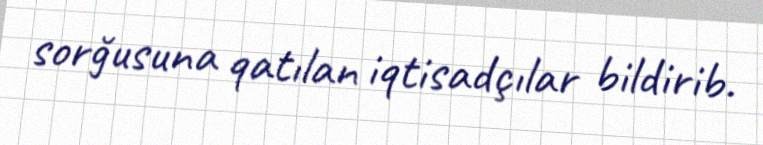
sorğusuna qatılan iqtisadçılar bildirib.